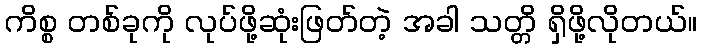
ကိစ္စ တစ်ခုကို လုပ်ဖို့ဆုံးဖြတ်တဲ့ အခါ သတ္တိ ရှိဖို့လိုတယ်။